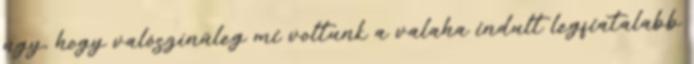
úgy, hogy valószínűleg mi voltunk a valaha indult legfiatalabb